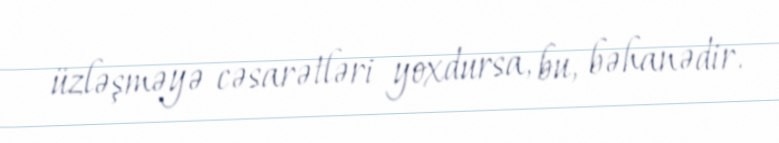
üzləşməyə cəsarətləri yoxdursa, bu, bəhanədir.